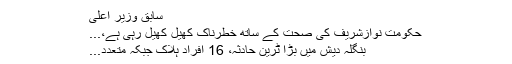
سابق وزیر اعلیٰ
حکومت نوازشریف کی صحت کے ساتھ خطرناک کھیل کھیل رہی ہے،...
بنگلہ دیش میں بڑا ٹرین حادثہ، 16 افراد ہلاک جبکہ متعدد...